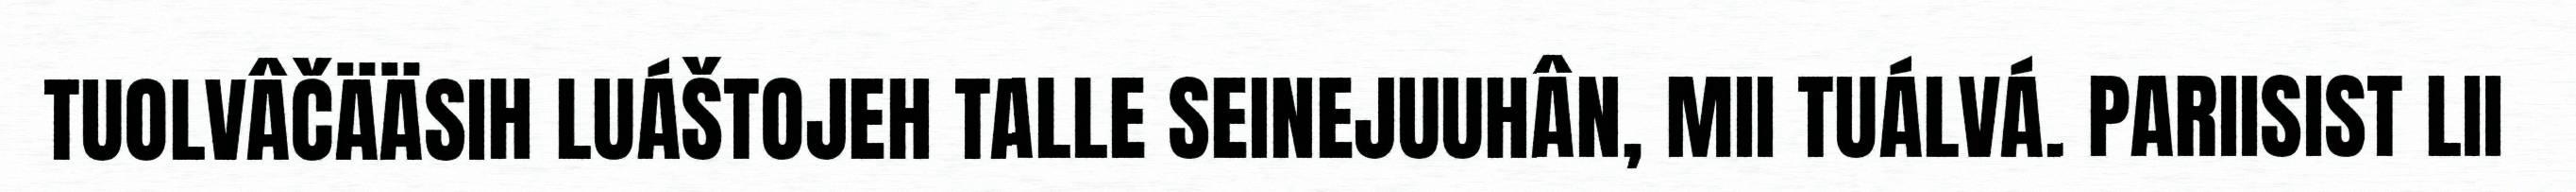
TUOLVÂČÄÄSIH LUÁŠTOJEH TALLE SEINEJUUHÂN, MII TUÁLVÁ. PARIISIST LII